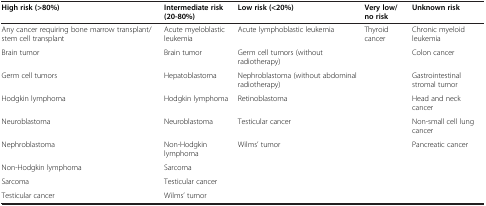
| High risk (>80%) | Intermediate risk (20-80%) | Low risk (<20%) | Very low/no risk | Unknown risk |
 | --- | --- | --- | --- | --- |
 | Any cancer requiring bone marrow transplant/stem cell transplant | Acute myeloblastic leukemia | Acute lymphoblastic leukemia | Thyroid cancer | Chronic myeloid leukemia |
 | Brain tumor | Brain tumor | Germ cell tumors (without radiotherapy) |  | Colon cancer |
 | Germ cell tumors | Hepatoblastoma | Nephroblastoma (without abdominal radiotherapy) |  | Gastrointestinal stromal tumor |
 | Hodgkin lymphoma | Hodgkin lymphoma | Retinoblastoma |  | Head and neck cancer |
 | Neuroblastoma | Neuroblastoma | Testicular cancer |  | Non-small cell lung cancer |
 | Nephroblastoma | Non-Hodgkin lymphoma | Wilms’ tumor |  | Pancreatic cancer |
 | Non-Hodgkin lymphoma | Sarcoma |  |  |  |
 | Sarcoma | Testicular cancer |  |  |  |
 | Testicular cancer | Wilms’ tumor |  |  |  |